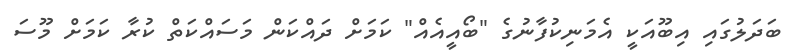
ބަދަލުގައި އިބޫއަކީ އެމަނިކުފާނުގެ "ބޯއީއެއް" ކަމަށް ދައްކަން މަސައްކަތް ކުރާ ކަމަށް މޫސަ